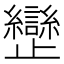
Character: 𣦱